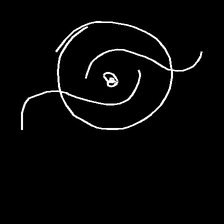
Glyph: repetition